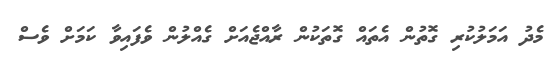
މެދު އަމަލުކުރި ގޮތުން އެތައް ގޮތަކުން ރާއްޖެއަށް ގެއްލުން ވެފައިވާ ކަމަށް ވެސް